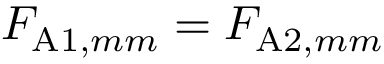
F _ { \mathrm { A } 1 , m m } = F _ { \mathrm { A } 2 , m m }